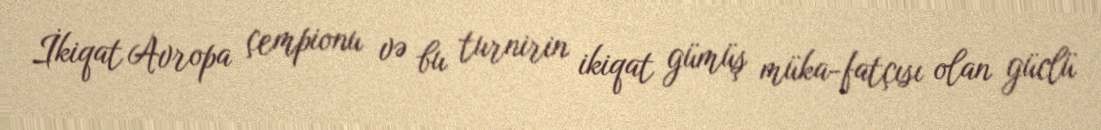
İkiqat Avropa çempionu və bu turnirin ikiqat gümüş müka­fatçısı olan güclü